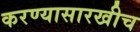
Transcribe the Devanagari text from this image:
करण्यासारखीच